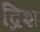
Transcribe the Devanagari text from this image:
द्रिश